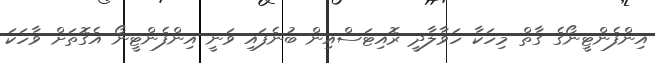
އިންފެންޓީނޯގެ ގާތް މިހަކާ ހަވާލާދީ ރޮއިޓަސްއިން ބުނެފައި ވަނީ އިންފެންޓީނޯ އެގޮތަށް ވާހަކަ